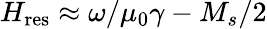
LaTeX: H_{\textrm{res}}\approx\omega/\mu_{0}\gamma-M_{s}/2